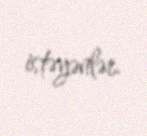
istəyənlər.